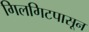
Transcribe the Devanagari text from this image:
गिलगिटपासून